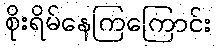
စိုးရိမ်နေကြကြောင်း